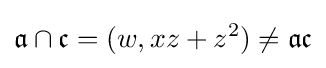
{\mathfrak {a}}\cap {\mathfrak {c}}=(w,xz+z^{2})\neq {\mathfrak {a}}{\mathfrak {c}}